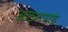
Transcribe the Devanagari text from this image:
आठरापगड